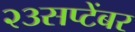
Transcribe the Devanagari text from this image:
२३सप्टेंबर